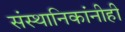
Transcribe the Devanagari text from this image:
संस्थानिकांनीही